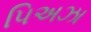
પિઅઝા